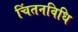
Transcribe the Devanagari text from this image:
चिंतनविधि